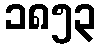
၁၈၅၃